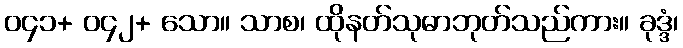
၀၄၁+ ၀၄၂+ သော။ သာစ၊ ထိုနတ်သုဓာဘုတ်သည်ကား။ ခုဒ္ဒံ၊